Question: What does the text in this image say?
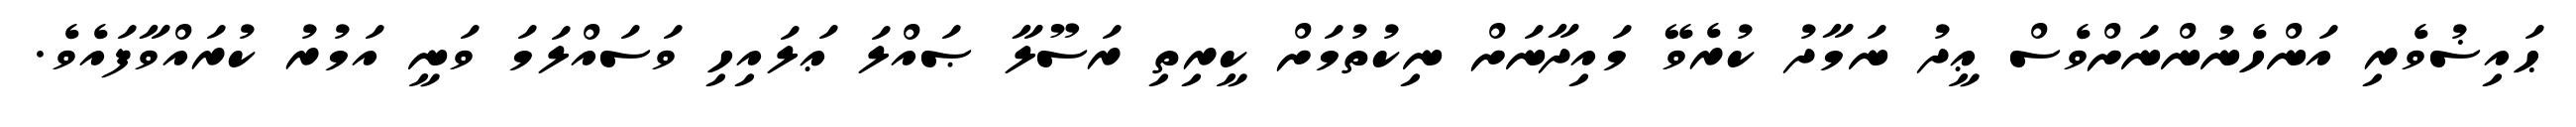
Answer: ޙައިޟުވެރި އަންހެނުންނަށްވެސް ޢީދު ނަމާދު ކުރެވޭ މައިދާނަށް ނިކުތުމަށް ކީރިތި ރަސޫލާ ޞައްލަ ޢަލައިހި ވަސައްލަމަ ވަނީ އަމުރު ކުރައްވާފައެވެ.